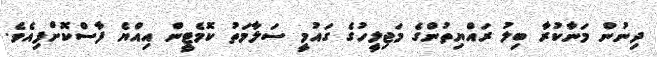
ދިނުން މަނާކުރާ ބިލު ރައްޔިތުންގެ މަޖިލީހުގެ ގައުމީ ސަލާމަތު ކޮމެޓީން އިއްޔެ ފާސްކޮށްފިއެވެ.